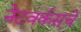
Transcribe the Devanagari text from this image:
नेटवर्कस्‌चे